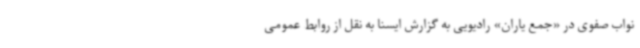
نواب صفوی در «جمع یاران» رادیویی‌ به گزارش ایسنا به نقل از روابط عمومی